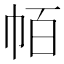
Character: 帞